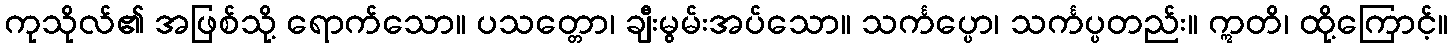
ကုသိုလ်၏ အဖြစ်သို့ ရောက်သော။ ပသတ္တော၊ ချီးမွမ်းအပ်သော။ သင်္ကပ္ပော၊ သင်္ကပ္ပတည်း။ ဣတိ၊ ထို့ကြောင့်။